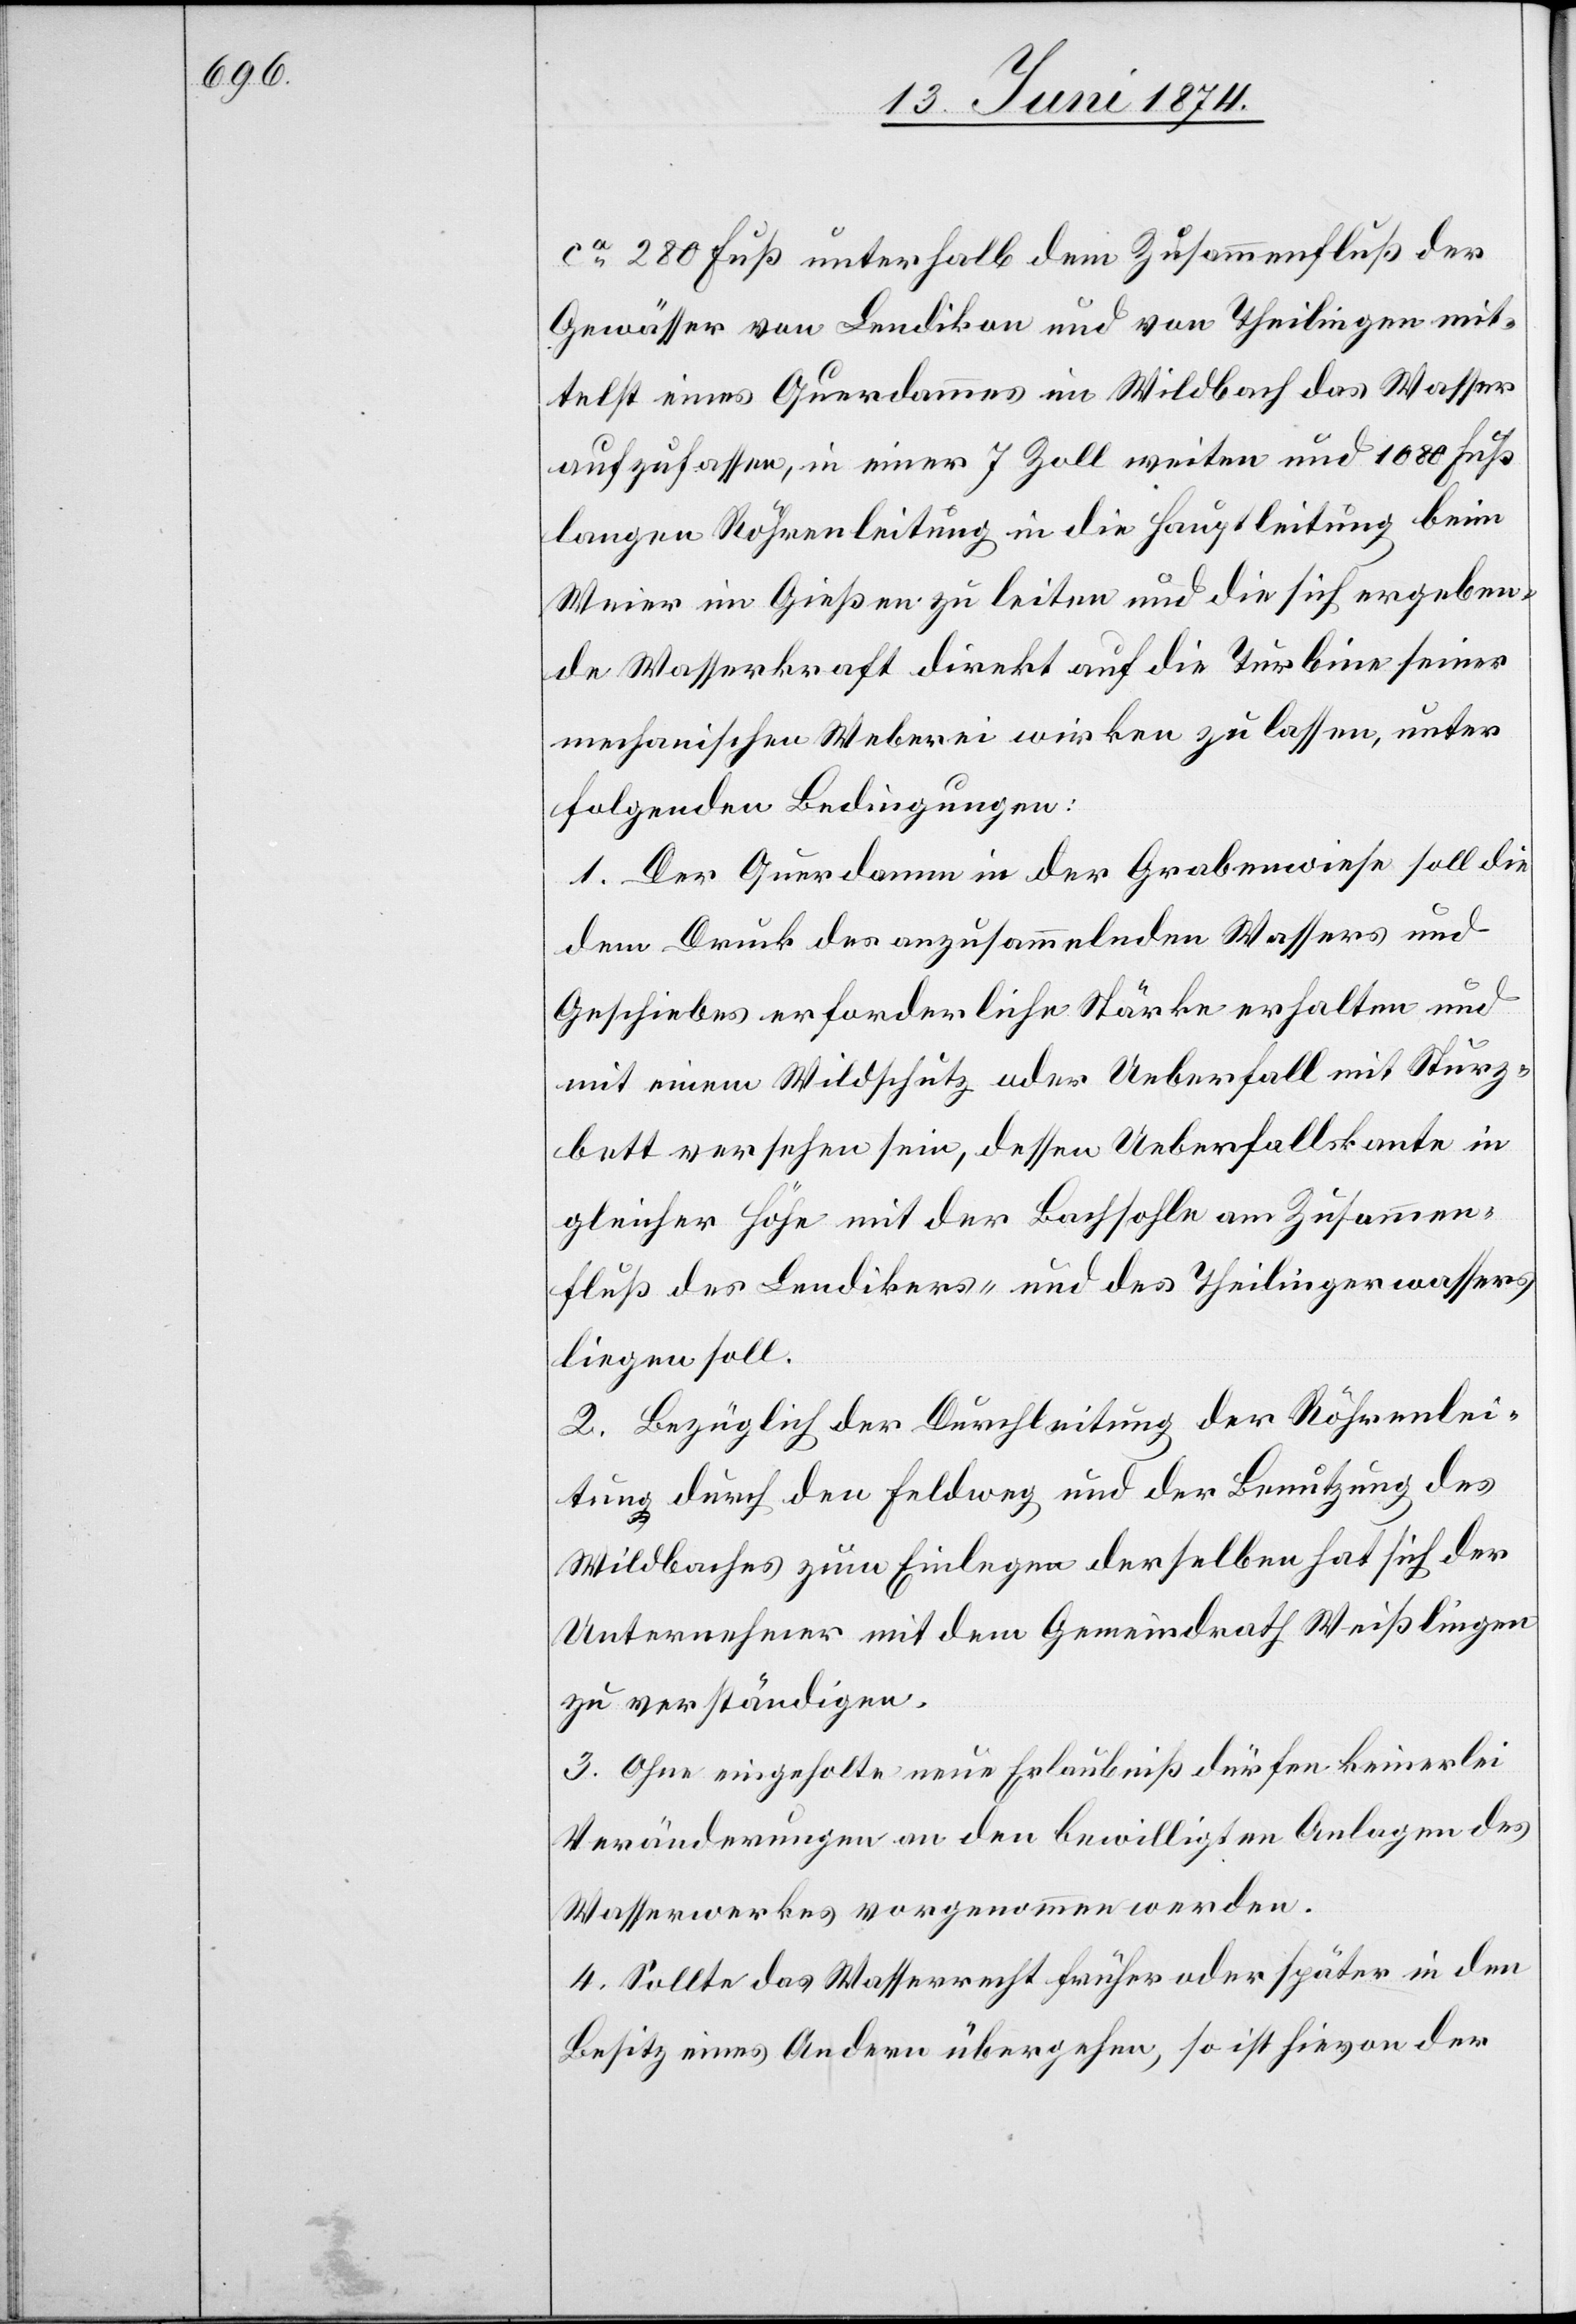
ca 280 Fuß unterhalb dem Zusammenfluß der
Gewässer von Lendikon und von Theilingen mit¬
telst eines Querdammes im Wildbach das Wasser
aufzufassen, in einer 7 Zoll weiten und 1080 Fuß
langen Röhrenleitung in die Hauptleitung beim
Weier im Gießen zu leiten und die sich ergeben¬
de Wasserkraft direkt auf die Turbine seiner
mechanischen Weberei wirken zu lassen, unter
folgenden Bedingungen:
1. Der Querdamm in der Grabenwiese soll die
dem Druck des anzusammelnden Wassers und
Geschiebes erforderliche Stärke erhalten und
mit einem Wildschutz oder Ueberfall mit Sturz¬
bett versehen sein, dessen Ueberfallskante in
gleicher Höhe mit der Bachsohle am Zusammen¬
fluß des Lendikers- und des Theilingerwassers,
liegen soll.
2. Bezüglich der Durchleitung der Röhrenlei¬
tung durch den Feldweg und der Benutzung des
Wildbaches zum Einlegen derselben hat sich der
Unternehmer mit dem Gemeindrath Weißlingen
zu verständigen.
3. Ohne eingeholte neue Erlaubniß dürfen keinerlei
Veränderungen an den bewilligten Anlagen des
Wasserwerkes vorgenommen werden.
4. Sollte das Wasserrecht früher oder später in den
Besitz eines Andern übergehen, so ist hievon der